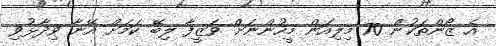
އެ ޒޯންތަކުން 70 މިލިއަން މީހުންނަށް ވަޒީފާ ލިބޭ ކަމަށް އޭނާ ވިދާޅުވި